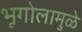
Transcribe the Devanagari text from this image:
भूगोलामुळे